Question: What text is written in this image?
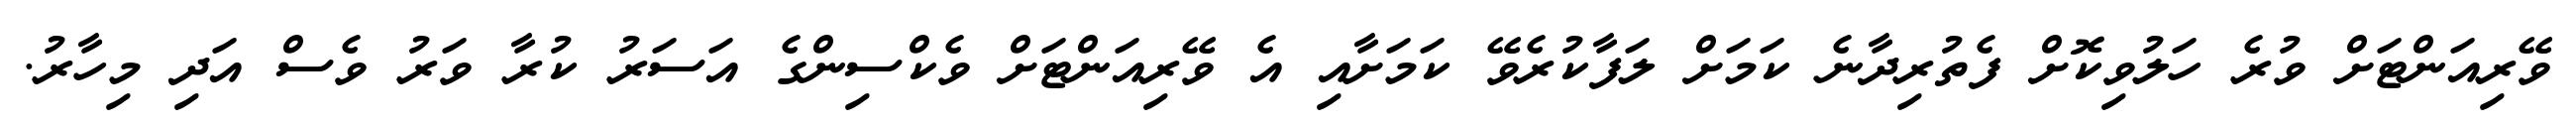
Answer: ވޭރިއަންޓަށް ވުރެ ހަލުވިކޮށް ފެތުރިދާނެ ކަމަށް ލަފާކުރެވޭ ކަމަށާއި އެ ވޭރިއަންޓަށް ވެކްސިންގެ އަސަރު ކުރާ ވަރު ވެސް އަދި މިހާރު.